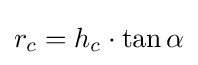
r_{c}=h_{c}\cdot \tan \alpha